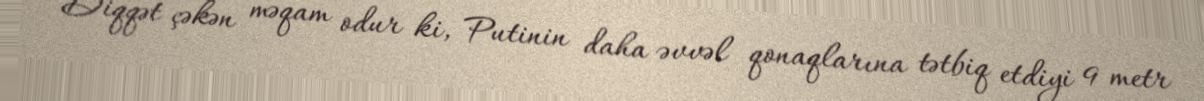
Diqqət çəkən məqam odur ki, Putinin daha əvvəl qonaqlarına tətbiq etdiyi 9 metr